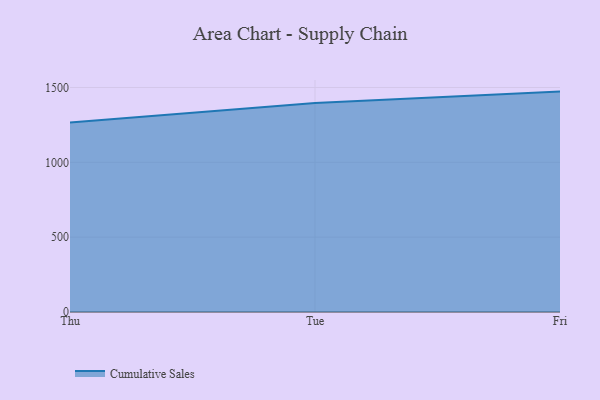
{"axis": {"x": "Day", "y": "Temperature (°C)"}, "legend": ["Cumulative Sales"], "data": [{"x": "Thu", "y": 1265.8, "type": "Cumulative Sales"}, {"x": "Tue", "y": 1396.0, "type": "Cumulative Sales"}, {"x": "Fri", "y": 1472.5, "type": "Cumulative Sales"}]}